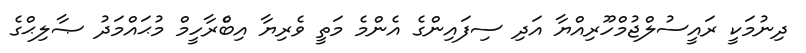
ދިނުމަކީ ރައީސުލްޖުމްހޫރިއްޔާ އަދި ސިފައިންގެ އެންމެ މަތީ ވެރިޔާ އިބްެރާހީމް މުޙައްމަދު ޞާލިޙްގެ